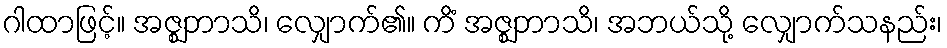
ဂါထာဖြင့်။ အဇ္ဈဘာသိ၊ လျှောက်၏။ ကိံ အဇ္ဈဘာသိ၊ အဘယ်သို့ လျှောက်သနည်း၊